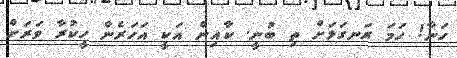
ހަނާ! ހަމަ ރަނގަޅަށް ތި ބުނީ. ކާއިން އަކީ އަހަރެން ހީކުރާ ވަރަށް